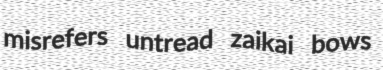
misrefers untread zaikai bows